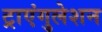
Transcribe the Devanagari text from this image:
ट्राएंगुलेशन